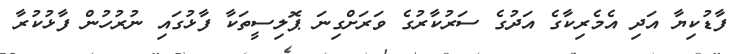
ފާޑުކިޔާ އަދި އެމެރިކާގެ އަދުގެ ސަރުކާރުގެ ވަރަށްގިނަ ޕޮލިސީތަކާ ފާޅުގައި ނުރުހުން ފާޅުކުރާ